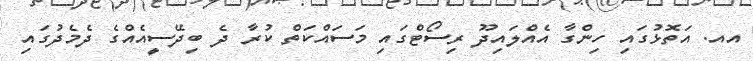
އއ. އަތޮޅުގައި ހިންގާ އެއްލައިދޫ ރިސޯޓްގައި މަސައްކަތް ކުރާ ދެ ބިދޭސީއެއްގެ ދެމެދުގައި